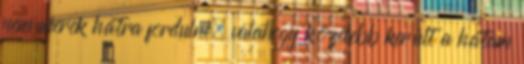
nem merek hátra fordulni, valahogy közelebb került a hátam